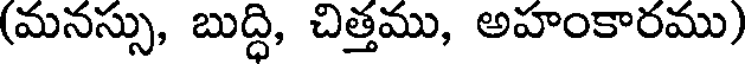
(మనస్సు, బుద్ధి, చిత్తము, అహంకారము)